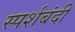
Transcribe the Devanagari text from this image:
स्पर्शबंदी